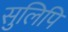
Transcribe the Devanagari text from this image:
सुलिपि